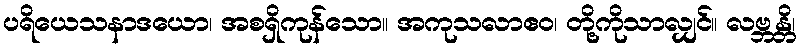
ပရိယေသနာဒယော၊ အစရှိကုန်သော။ အကုသလာဧဝ၊ တို့ကိုသာလျှင်။ လဗ္ဘန္တိ၊